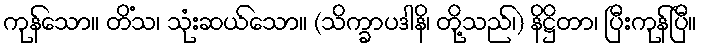
ကုန်သော။ တိံသ၊ သုံးဆယ်သော။ (သိက္ခာပဒါနိ၊ တို့သည်၊) နိဋ္ဌိတာ၊ ပြီးကုန်ပြီ။